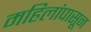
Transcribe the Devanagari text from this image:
महिलांपासून